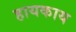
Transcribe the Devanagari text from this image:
हायकाय